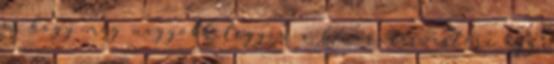
és hogy még nagyobb legyen a kavarodás, estére egy